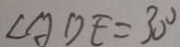
\angle A D E = 3 0 ^ { \circ }